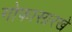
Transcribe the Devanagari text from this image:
गोफासारखे